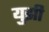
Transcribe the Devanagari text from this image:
युझी